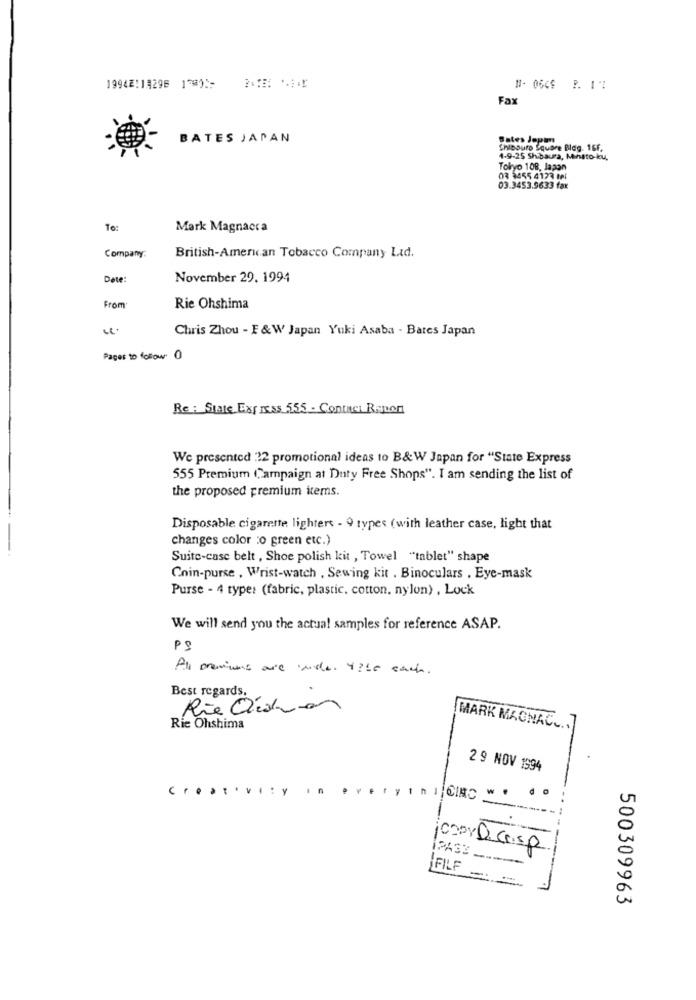
19942:19296 174)1- 2:1B: ***
Fax
BATES JAPAN
gates Jepum
Shibouro Square Blog. 16f.
4-9-25 Shibaura, Minato-ku,
Tokyo 108, lapon
03 3455 4123 181
03.3453.9633 fax
To:
Mark Magnacca
Company:
British-American Tobacco Company Ltd.
Date:
November 29. 1994
From
Rie Ohshima
Chris Zhou - F &W Japan Yuki Asaba - Bates Japan
Pages to follow 0
Re : State Express 555 . Contact Rapor
We presented 32 promotional ideas to B&W Japan for "State Express
555 Premium Campaign at Duty Free Shops". I am sending the list of
the proposed premium items.
Disposable cigarette lighters - 9 types (with leather case, light that
changes color :o green etc.)
Suite-case belt , Shoe polish kit , Towel "tablet" shape
Coin-purse , Wrist-watch , Sewing kit . Binoculars . Eye-mask
Purse - 4 type: (fabric, plastic, cotton, nylon) , Lock
We will send you the actual samples for reference ASAP.
All premiums are under 4 50 each.
Best regards.
Rie Ordine
Rie Ohshima
MARK MAGNAC ...
29 NOV 1994
very in I CINC "
w . do
-----
COPY D.C.sp
IFILE =
500309963